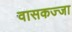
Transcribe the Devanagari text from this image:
वासकज्जा